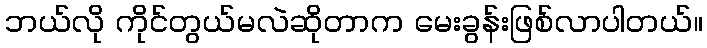
ဘယ်လို ကိုင်တွယ်မလဲဆိုတာက မေးခွန်းဖြစ်လာပါတယ်။